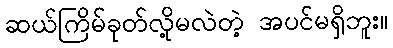
ဆယ်ကြိမ်ခုတ်လို့မလဲတဲ့ အပင်မရှိဘူး။